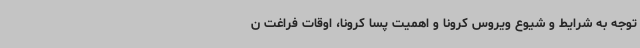
توجه به شرایط و شیوع ویروس کرونا و اهمیت پسا کرونا، اوقات فراغت ن